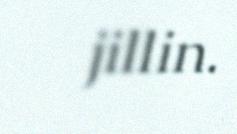
jillin.